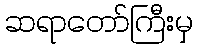
ဆရာတော်ကြီးမှ